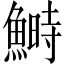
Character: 鰣